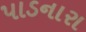
પાડનારા